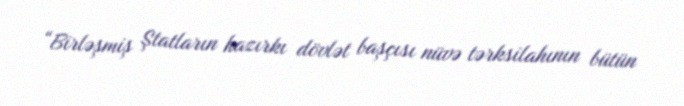
“Birləşmiş Ştatların hazırkı dövlət başçısı nüvə tərksilahının bütün